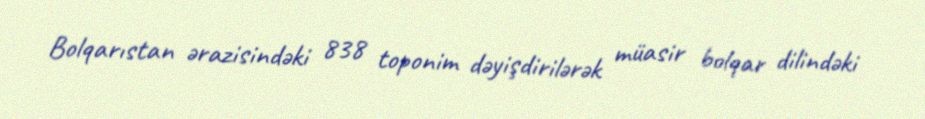
Bolqarıstan ərazisindəki 838 toponim dəyişdirilərək müasir bolqar dilindəki